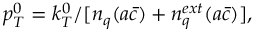
p _ { T } ^ { 0 } = k _ { T } ^ { 0 } / [ n _ { q } ( a \bar { c } ) + n _ { q } ^ { e x t } ( a \bar { c } ) ] ,